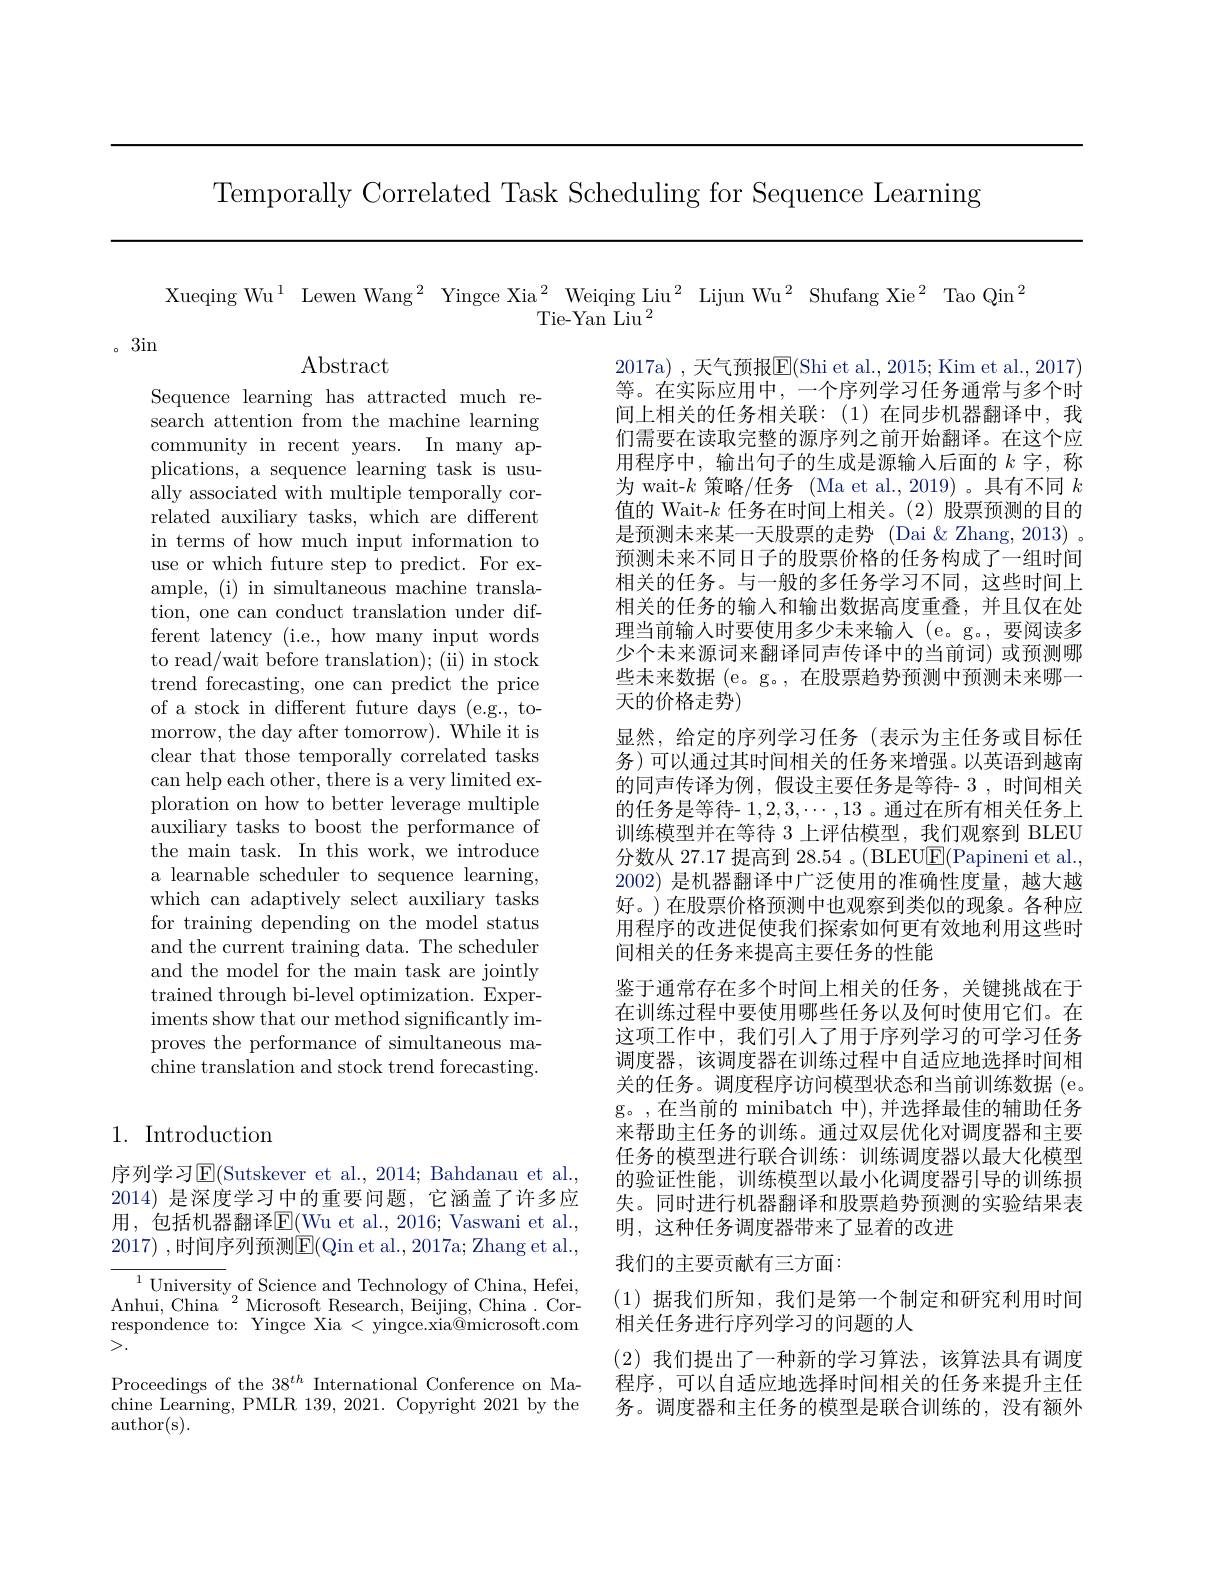
Temporally Correlated Task Scheduling for Sequence Learning

Xueqing Wu$^{1}$ Lewen Wang$^{2}$ Yingce Xia$^{2}$ Weiqing Liu$^{2}$ Lijun Wu$^{2}$ Shufang Xie$^{2}$ Tao Qin$^{2}$
Tie-Yan Liu $^2$

。3in

Abstract

Sequence learning has attracted much research attention from the machine learning community in recent years. In many applications, a sequence learning task is usually associated with multiple temporally correlated auxiliary tasks, which are different in terms of how much input information to use or which future step to predict. For example, (i) in simultaneous machine translation, one can conduct translation under different latency (i.e., how many input words to read/wait before translation); (ii) in stock trend forecasting, one can predict the price of a stock in different future days (e.g., tomorrow, the day after tomorrow). While it is clear that those temporally correlated tasks can help each other, there is a very limited exploration on how to better leverage multiple auxiliary tasks to boost the performance of the main task. In this work, we introduce a learnable scheduler to sequence learning, which can adaptively select auxiliary tasks for training depending on the model status and the current training data. The scheduler and the model for the main task are jointly trained through bi-level optimization. Experiments show that our method significantly im- proves the performance of simultaneous machine translation and stock trend forecasting.

2017a),天气预报$\overline{\mathrm{E}}($Shi et al., 2015; Kim et al.,2017) 等。在实际应用中，一个序列学习任务通常与多个时间上相关的任务相关联：(1)在同步机器翻译中，我们需要在读取完整的源序列之前开始翻译。在这个应用程序中，输出句子的生成是源输入后面的$k$字，称为 wait-$k$策略/任务 (Ma et al.,2019)。具有不同$k$ 值的 Wait-$k$任务在时间上相关。(2)股票预测的目的是预测未来某一天股票的走势 (Dai&Zhang,2013)。预测未来不同日子的股票价格的任务构成了一组时间相关的任务。与一般的多任务学习不同，这些时间上相关的任务的输入和输出数据高度重叠，并且仅在处理当前输入时要使用多少未来输人 (e。g。, 要阅读多少个未来源词来翻译同声传译中的当前词)或预测哪些未来数据 (e。g。, 在股票趋势预测中预测未来哪一天的价格走势)
显然，给定的序列学习任务(表示为主任务或目标任务)可以通过其时间相关的任务来增强。以英语到越南的同声传译为例，假设主要任务是等待- 3 ,时间相关的任务是等待- $1,2,3,\cdots,13$ 。通过在所有相关任务上训练模型并在等待 3 上评估模型，我们观察到 BLEU 分数从 27.17 提高到 28.54 。( BLEU$\underline{\mathrm{E}}($Papineni et al., 2002)是机器翻译中广泛使用的准确性度量，越大越好。)在股票价格预测中也观察到类似的现象。各种应用程序的改进促使我们探索如何更有效地利用这些时间相关的任务来提高主要任务的性能
鉴于通常存在多个时间上相关的任务，关键挑战在于在训练过程中要使用哪些任务以及何时使用它们。在这项工作中，我们引人了用于序列学习的可学习任务调度器，该调度器在训练过程中自适应地选择时间相关的任务。调度程序访问模型状态和当前训练数据(e。g。,在当前的 minibatch 中),并选择最佳的辅助任务来帮助主任务的训练。通过双层优化对调度器和主要任务的模型进行联合训练：训练调度器以最大化模型的验证性能，训练模型以最小化调度器引导的训练损失。同时进行机器翻译和股票趋势预测的实验结果表明，这种任务调度器带来了显着的改进
我们的主要贡献有三方面：
(1)据我们所知，我们是第一个制定和研究利用时间
相关任务进行序列学习的问题的人

## 1. Introduction

序列学习$\operatorname{E}($Sutskever et al., 2014; Bahdanau et al., 2014) 是深度学习中的重要问题，它涵盖了许多应用，包括机器翻译$\overline{\mathrm{E}}($Wu et al.,2016; Vaswani et al., 2017) ,时间序列预测E(Qin et al., 2017a; Zhang et al.,

$^{1}$University of Science and Technology of China, Hefei, Anhui, China $^2$Microsoft Research, Beijing, China. Correspondence to: Yingce Xia < yingce.xia@microsoft.com >.

(2)我们提出了一种新的学习算法，该算法具有调度程序，可以自适应地选择时间相关的任务来提升主任务。调度器和主任务的模型是联合训练的，没有额外

Proceedings of the 38$^th$ International Conference on Machine Learning, PMLR 139, 2021. Copyright 2021 by the author(s).